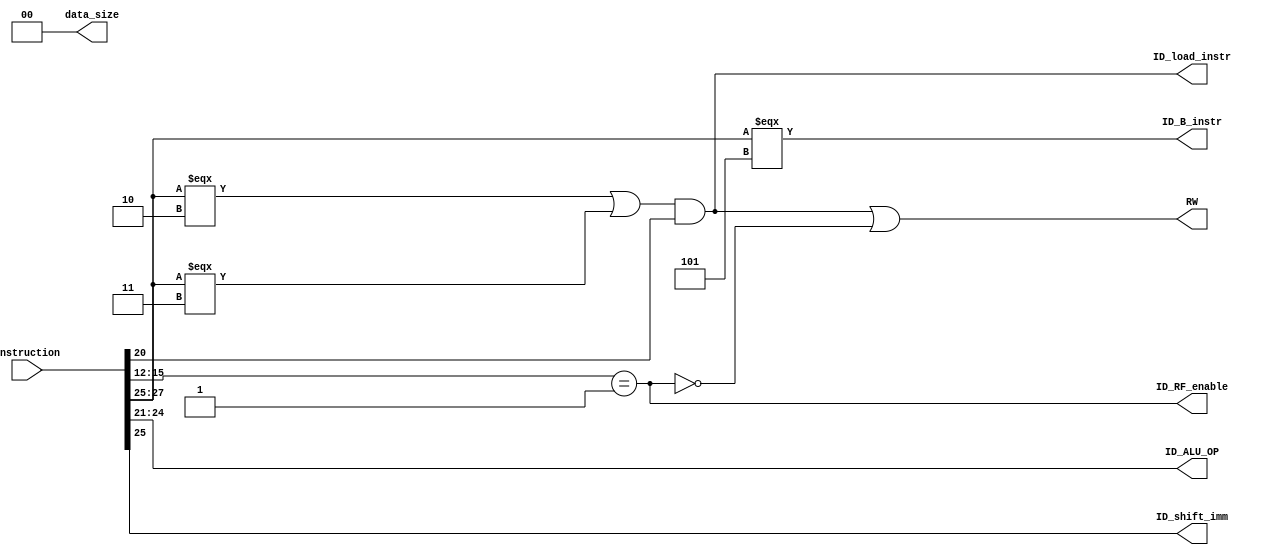
module control_unit(output reg [3:0] ID_ALU_OP, output reg [1:0] data_size, 
output reg ID_shift_imm, ID_load_instr, ID_RF_enable, ID_B_instr, RW, input [31:0] instruction);
    always @ (instruction)
    begin
        ID_ALU_OP = instruction[24:21];
        ID_shift_imm = instruction[25];
        ID_load_instr = ((instruction[27:25] === 3'b010) | (instruction[27:25] === 3'b011)) & instruction[20];
        ID_RF_enable = (instruction[15:12] == 1'b1);     // If there is a destination register
        ID_B_instr = (instruction[27:25] === 3'b101);
        // 
        RW = ((ID_load_instr) | ~(ID_RF_enable));
        // 
        data_size = 2'b00;
        //
    end
endmodule